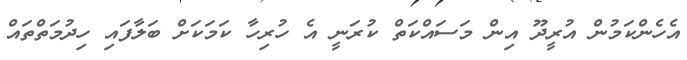
އެހެންކަމުން އުރީދޫ އިން މަސައްކަތް ކުރަނީ އެ ހުރިހާ ކަމަކަށް ބަލާފައި ހިދުމަތްތައް